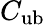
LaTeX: C_{\mathrm{ub}}